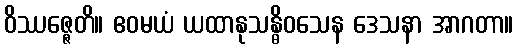
ဝိဿဇ္ဇေတိ။ ဧဝမယံ ယထာနုသန္ဓိဝသေန ဒေသနာ အာဂတာ။